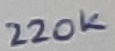
Text: 220K